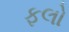
ફલો